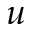
u